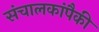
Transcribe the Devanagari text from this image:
संचालकांपैकी